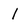
Character: l